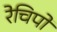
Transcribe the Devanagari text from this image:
रेचिपो